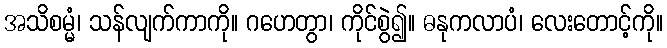
အသိစမ္မံ၊ သန်လျက်ကာကို။ ဂဟေတွာ၊ ကိုင်စွဲ၍။ ဓနုကလာပံ၊ လေးတောင့်ကို။